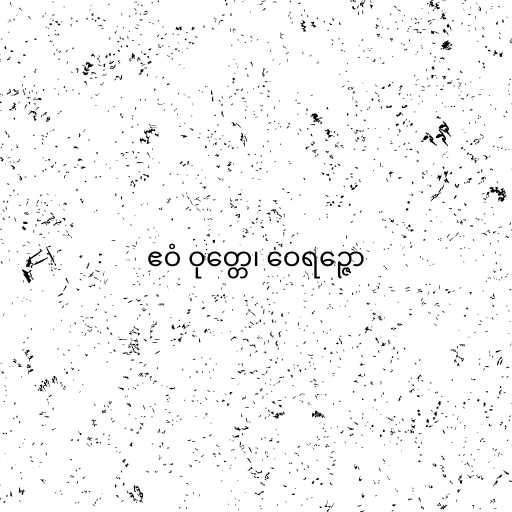
ဧဝံ ဝုတ္တေ၊ ဝေရဉ္ဇော